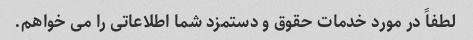
لطفاً در مورد خدمات حقوق و دستمزد شما اطلاعاتی را می خواهم.